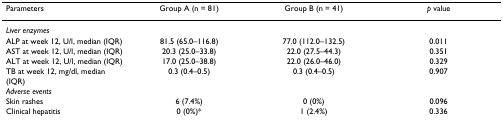
| Parameters | Group A (n = 81) | Group B (n = 41) | p value |
 | --- | --- | --- | --- |
 | Liver enzymes |  |  |  |
 | ALP at week 12, U/l, median (IQR) | 81.5 (65.0–116.8) | 77.0 (112.0–132.5) | 0.011 |
 | AST at week 12, U/l, median (IQR) | 20.3 (25.0–33.8) | 22.0 (27.5–44.3) | 0.351 |
 | ALT at week 12, U/l, median (IQR) | 17.0 (25.0–38.8) | 22.0 (26.0–46.0) | 0.329 |
 | TB at week 12, mg/dl, median (IQR) | 0.3 (0.4–0.5) | 0.3 (0.4–0.5) | 0.907 |
 | Adverse events |  |  |  |
 | Skin rashes | 6 (7.4%) | 0 (0%) | 0.096 |
 | Clinical hepatitis | 0 (0%)* | 1 (2.4%) | 0.336 |